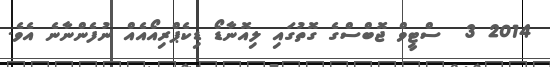
2014 3  ސްޓީވް ޖޮބްސްގެ ގޮތުގައި ލިއޮނާޑޯ ޑިކެޕްރިއޯއެއް ނުފެންނާނެ އެވެ.